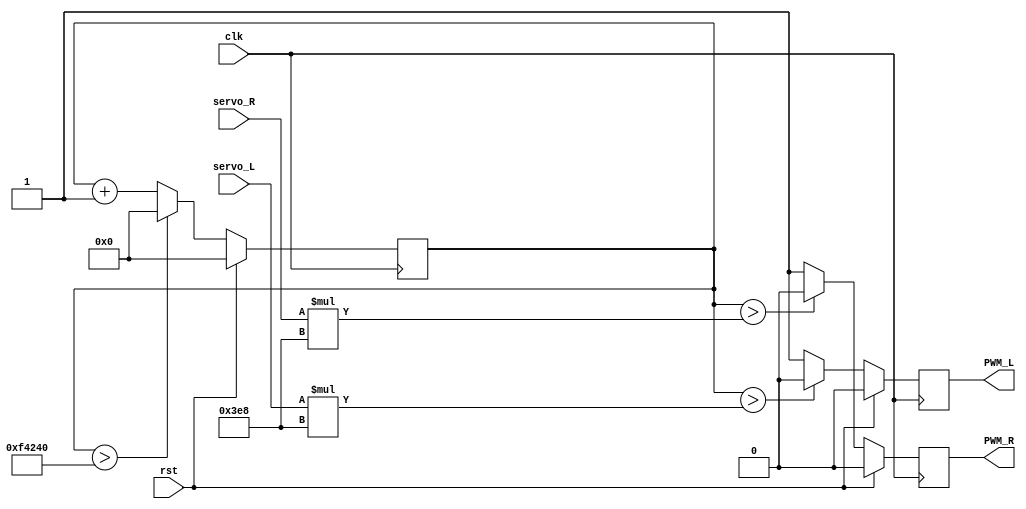
`timescale 1ns / 1ps
//////////////////////////////////////////////////////////////////////////////////
// Company: 
// Engineer: 
// 
// Design Name: 
// Module Name: servo_to_PWM
// Project Name: 
// Target Devices: 
// Tool Versions: 
// Description: 
// 
// Dependencies: 
// 
// Revision:
// Revision 0.01 - File Created
// Additional Comments:
// 
//////////////////////////////////////////////////////////////////////////////////

module servo_to_PWM(
   input wire clk,
   input wire rst,
   input wire [7:0] servo_L,
   input wire [7:0] servo_R,
   output reg PWM_L,
   output reg PWM_R
   );

reg PWM_L_nxt;
reg PWM_R_nxt;
reg [19:0] counter,counter_nxt;
reg [20:0] servo_l_mul,servo_r_mul;
reg [7:0] servo_L_buf, servo_R_buf;

always@ (posedge clk) begin
   if(rst) begin
      counter <=0;
      PWM_L   <=0;
      PWM_R   <=0;
   end
   else begin
      counter <=counter_nxt;
      PWM_L   <=PWM_L_nxt;
      PWM_R   <=PWM_R_nxt;
   end
end 
    
always @* begin
   servo_l_mul =servo_L *1000;
   servo_r_mul =servo_R *1000;
   counter_nxt = counter+1;
   if(counter > 1000000) begin
      counter_nxt=0;
   end
   if(counter > servo_l_mul) begin
      PWM_L_nxt=0;
   end
   else begin
      PWM_L_nxt =1;
   end
   if(counter >servo_r_mul) begin
      PWM_R_nxt=0;
   end
   else begin
      PWM_R_nxt =1;
   end
end 
endmodule